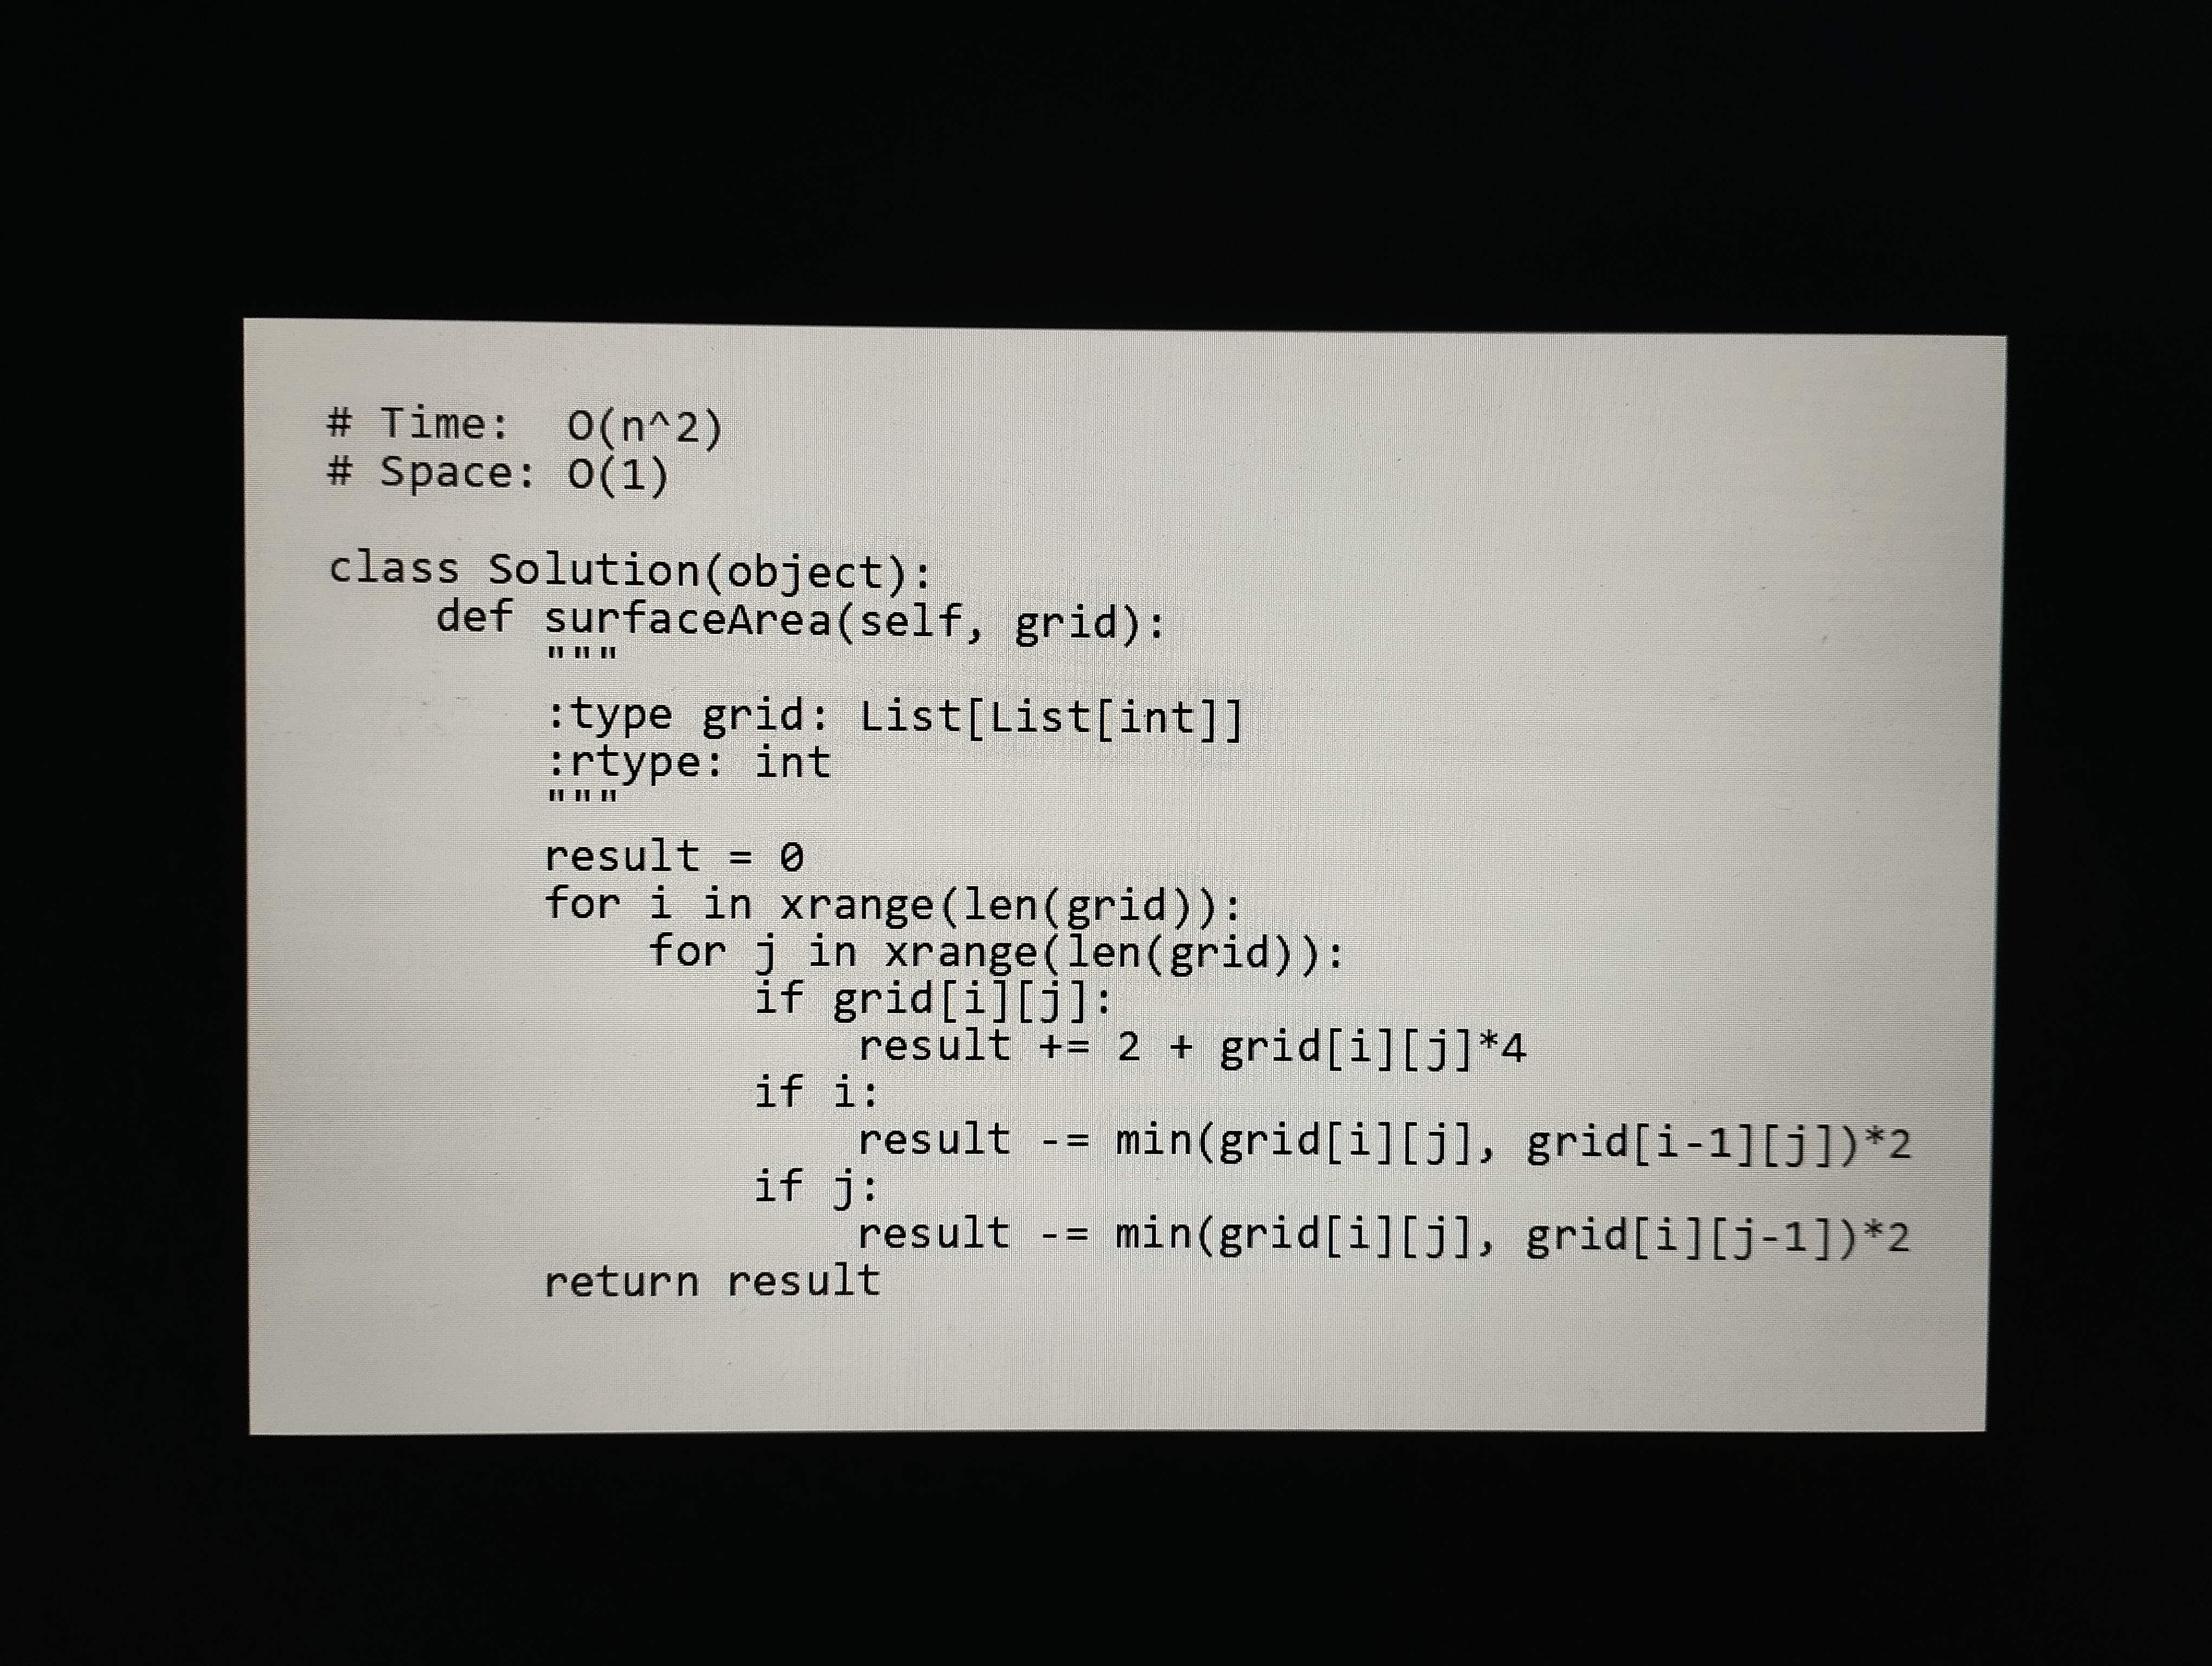
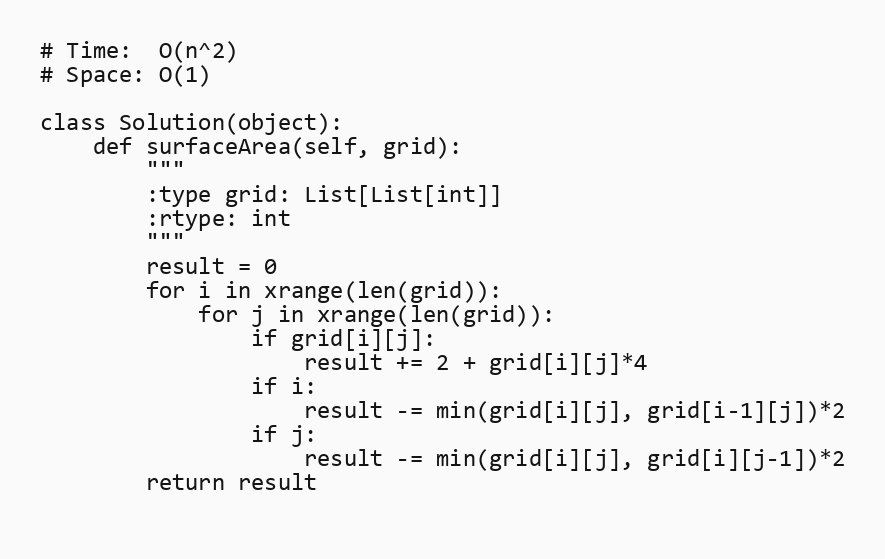
# Time:  O(n^2)
# Space: O(1)

class Solution(object):
    def surfaceArea(self, grid):
        """
        :type grid: List[List[int]]
        :rtype: int
        """
        result = 0
        for i in xrange(len(grid)):
            for j in xrange(len(grid)):
                if grid[i][j]:
                    result += 2 + grid[i][j]*4
                if i:
                    result -= min(grid[i][j], grid[i-1][j])*2
                if j:
                    result -= min(grid[i][j], grid[i][j-1])*2
        return result